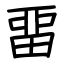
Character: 畱